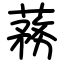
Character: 蓩